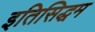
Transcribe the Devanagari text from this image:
इतिसिद्धम